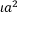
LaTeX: \iota a ^ { 2 }